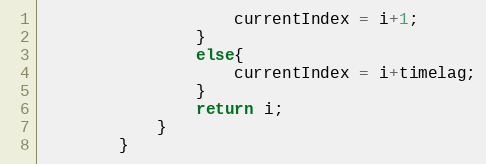
Language: Java
					currentIndex = i+1;
				}
				else{
					currentIndex = i+timelag;
				}
				return i;
			}
		}